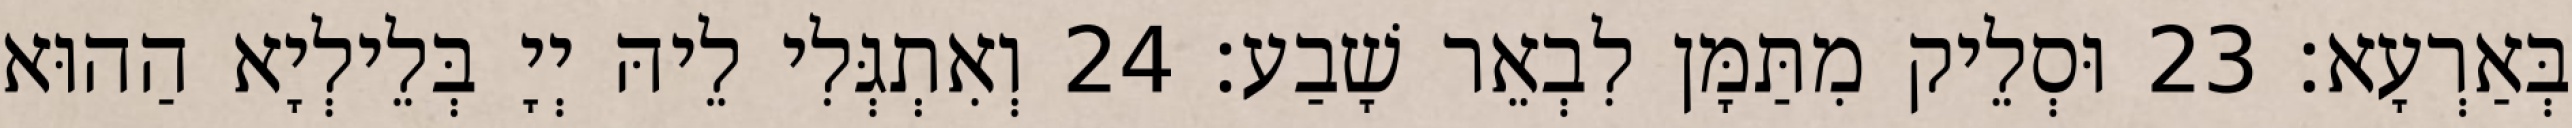
בְּאַרְעָא׃ 23 וּסְלֵיק מִתַּמָּן לִבְאֵר שָׁבַע׃ 24 וְאִתְגְּלִי לֵיהּ יְיָ בְּלֵילְיָא הַהוּא